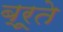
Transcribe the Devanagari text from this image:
ब्रूते